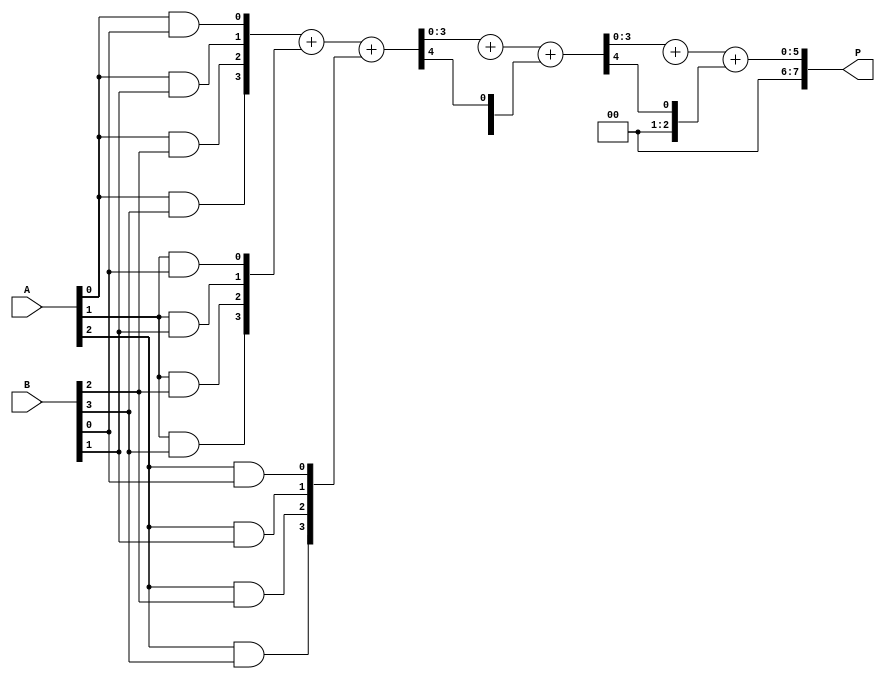
module wallace_tree_multiplier #(parameter N = 4) (
    input  wire [N-1:0] A,
    input  wire [N-1:0] B,
    output wire [2*N-1:0] P
);
    
    // Intermediate wires for partial products
    wire [N-1:0] pp[N-1:0]; // Partial products
    wire [N-1:0] s0[N-1:0]; // Sums for CSA
    wire [N-1:0] c0[N-1:0]; // Carries for CSA

    // Generate partial products
    genvar i, j;
    generate
        for (i = 0; i < N; i = i + 1) begin : gen_pp
            for (j = 0; j < N; j = j + 1) begin : and_gate
                assign pp[i][j] = A[i] & B[j];
            end
        end
    endgenerate

    // Wallace Tree Reduction - Stage 1
    wire [N-1:0] s1[N-1:0]; 
    wire [N-1:0] c1[N-1:0];

    generate
        for (i = 0; i < N-1; i = i + 1) begin : csas
            if (i % 3 == 0) begin
                assign {c1[i/3][0], s1[i/3]} = pp[i] + pp[i+1] + pp[i+2];
            end
        end
    endgenerate

    // Second stage of reduction
    wire [N-1:0] s2[N-1:0]; 
    wire [N-1:0] c2[N-1:0];

    generate
        for (i = 0; i < (N+2)/3; i = i + 1) begin : csas2
            if (i % 2 == 0) begin
                assign {c2[i/2][0], s2[i/2]} = s1[i] + s1[i+1] + c1[i];
            end
        end
    endgenerate

    // Final Addition (Last Stage)
    wire [2*N-1:0] final_sum;
    wire [2*N-1:0] final_carry;

    assign final_sum = {1'b0, s2[0]} + {1'b0, s2[1]} + {1'b0, c2[0]};

    // Assign final product
    assign P = final_sum;

endmodule